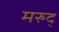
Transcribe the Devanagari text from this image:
मरुद्